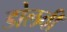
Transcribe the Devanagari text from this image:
डोलवी